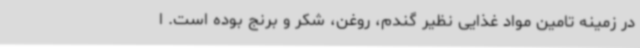
در زمینه تامین مواد غذایی نظیر گندم، روغن، شکر و برنج بوده است. ا